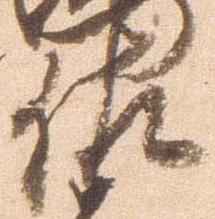
佐